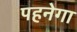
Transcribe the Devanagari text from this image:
पहनेगा